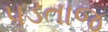
પડતાજ